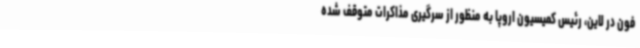
فون در لاین، رئیس کمیسیون اروپا به منظور از سرگیری مذاکرات متوقف شده